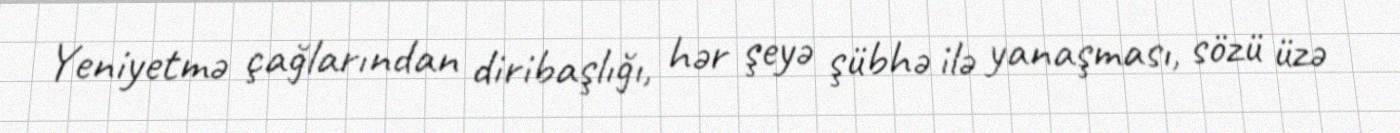
Yeniyetmə çağlarından diribaşlığı, hər şeyə şübhə ilə yanaşması, sözü üzə